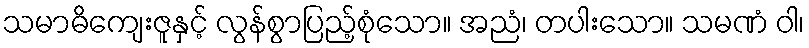
သမာဓိကျေးဇူနှင့် လွန်စွာပြည့်စုံသော။ အညံ၊ တပါးသော။ သမဏံ ဝါ၊